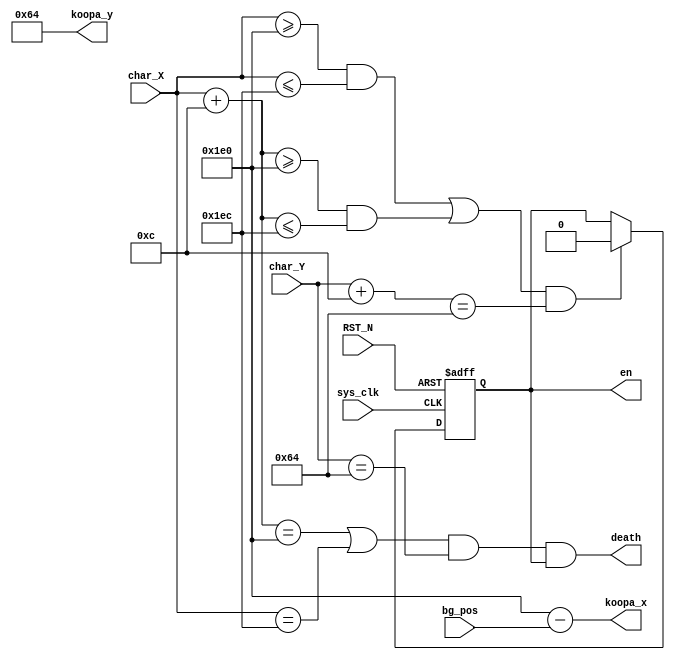
`timescale 1ns / 1ps


module KOOPA(input sys_clk, 
	         input  [9:0] char_X,
	         input  [9:0] char_Y,
	         input  [9:0] bg_pos,
	         input RST_N,
             output wire [9:0] koopa_x,
             output wire [9:0] koopa_y,
             output death,
             output en
);
  reg [9:0] koopa_x_r = 10'd480;
  reg [9:0] koopa_y_r = 10'd100;
  reg enable = 1'b1;


  
  assign koopa_x = koopa_x_r - bg_pos;
  assign koopa_y = koopa_y_r;
 
 assign death = ((char_X + 10'd12 == koopa_x_r) | (char_X == koopa_x_r + 10'd12)) & (char_Y == koopa_y_r) & enable;
 assign en = enable;
 
 always@(posedge sys_clk or negedge RST_N)
   begin 
     if(!RST_N)
       enable <= 1'b1;
     else if( (((char_X >= koopa_x_r) && (char_X <= koopa_x_r + 10'd12)) || ((char_X + 10'd12 >= koopa_x_r) && (char_X + 10'd12 <= koopa_x_r + 10'd12))) && (char_Y + 10'd12 == koopa_y_r) )
       enable <= 1'b0;
     else
      enable <= enable;
    end

endmodule